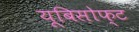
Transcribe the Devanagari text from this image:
यूबिसोफ्ट